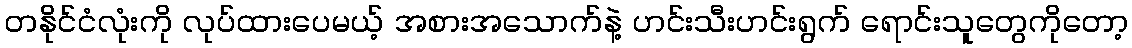
တနိုင်ငံလုံးကို လုပ်ထားပေမယ့် အစားအသောက်နဲ့ ဟင်းသီးဟင်းရွက် ရောင်းသူတွေကိုတော့